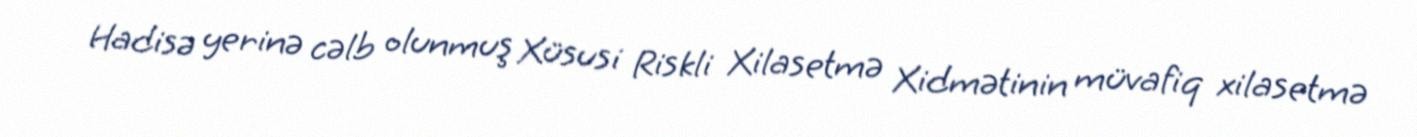
Hadisə yerinə cəlb olunmuş Xüsusi Riskli Xilasetmə Xidmətinin müvafiq xilasetmə